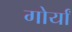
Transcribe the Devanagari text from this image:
गोर्यां